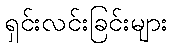
ရှင်းလင်းခြင်းများ